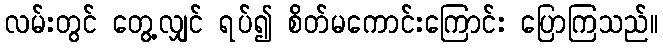
လမ်းတွင် တွေ့လျှင် ရပ်၍ စိတ်မကောင်းကြောင်း ပြောကြသည်။